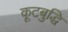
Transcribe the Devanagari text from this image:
कूटबुद्धि